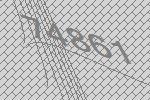
74861